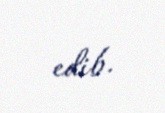
edib.